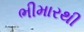
ભીમારથી